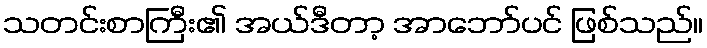
သတင်းစာကြီး၏ အယ်ဒီတာ့ အာဘော်ပင် ဖြစ်သည်။